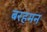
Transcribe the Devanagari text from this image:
बरहमन